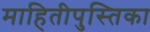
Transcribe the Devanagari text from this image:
माहितीपुस्तिका